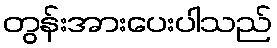
တွန်းအားပေးပါသည်